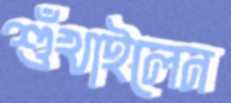
শুঁখাইলেন